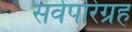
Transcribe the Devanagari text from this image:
सर्वपरिग्रह